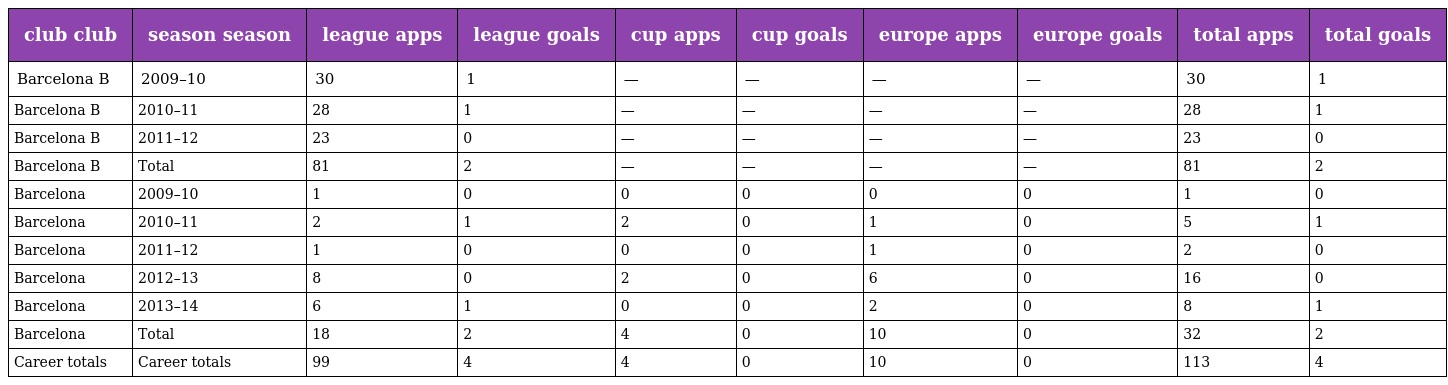
| club club | season season | league apps | league goals | cup apps | cup goals | europe apps | europe goals | total apps | total goals |
 | --- | --- | --- | --- | --- | --- | --- | --- | --- | --- |
 | Barcelona B | 2009–10 | 30 | 1 | — | — | — | — | 30 | 1 |
 | Barcelona B | 2010–11 | 28 | 1 | — | — | — | — | 28 | 1 |
 | Barcelona B | 2011–12 | 23 | 0 | — | — | — | — | 23 | 0 |
 | Barcelona B | Total | 81 | 2 | — | — | — | — | 81 | 2 |
 | Barcelona | 2009–10 | 1 | 0 | 0 | 0 | 0 | 0 | 1 | 0 |
 | Barcelona | 2010–11 | 2 | 1 | 2 | 0 | 1 | 0 | 5 | 1 |
 | Barcelona | 2011–12 | 1 | 0 | 0 | 0 | 1 | 0 | 2 | 0 |
 | Barcelona | 2012–13 | 8 | 0 | 2 | 0 | 6 | 0 | 16 | 0 |
 | Barcelona | 2013–14 | 6 | 1 | 0 | 0 | 2 | 0 | 8 | 1 |
 | Barcelona | Total | 18 | 2 | 4 | 0 | 10 | 0 | 32 | 2 |
 | Career totals | Career totals | 99 | 4 | 4 | 0 | 10 | 0 | 113 | 4 |